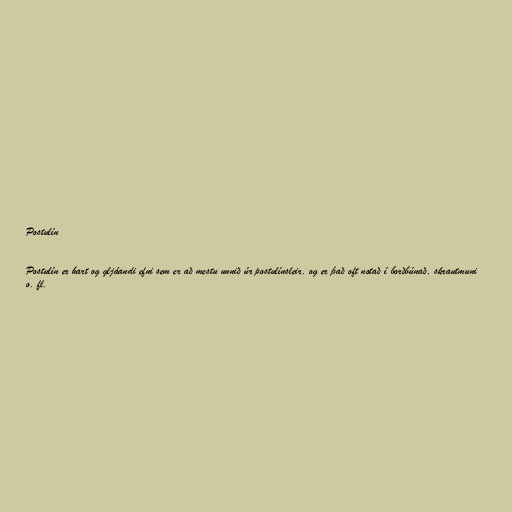
Postulín

Postulín er hart og gljáandi efni sem er að mestu unnið úr postulínsleir, og er það oft notað í borðbúnað, skrautmuni
o. fl.